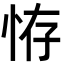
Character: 𢙨